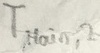
Text: TMAIN,2